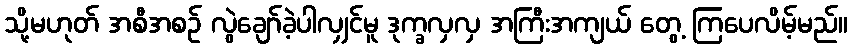
သို့မဟုတ် အစီအစဉ် လွဲချော်ခဲ့ပါလျှင်မူ ဒုက္ခလှလှ အကြီးအကျယ် တွေ့ ကြပေလိမ့်မည်။